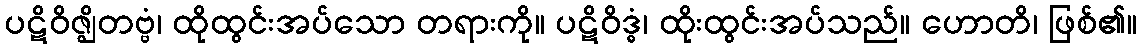
ပဋိဝိဇ္ဈိတဗ္ဗံ၊ ထိုထွင်းအပ်သော တရားကို။ ပဋိဝိဒ္ဓံ၊ ထိုးထွင်းအပ်သည်။ ဟောတိ၊ ဖြစ်၏။